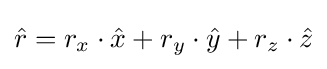
{\hat {r}}=r_{x}\cdot {\hat {x}}+r_{y}\cdot {\hat {y}}+r_{z}\cdot {\hat {z}}